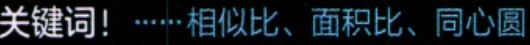
关键词！······相似比、面积比、同心圆